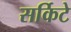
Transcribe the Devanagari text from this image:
सर्किटे